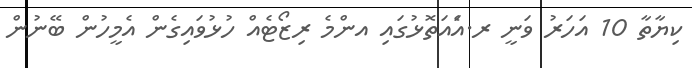
ކިޔާތާ 10 އަހަރު ވަނީ ރ.އަެއަތޮޅުގައި އންމެ ރިޒޯޓެއް ހުޅުވައިގެން އެމީހުން ބޭނުން